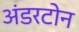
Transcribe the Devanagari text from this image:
अंडरटोन